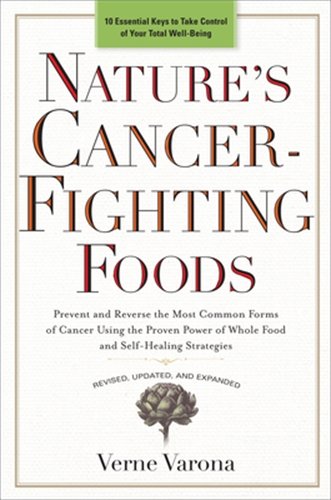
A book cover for Nature's Cancer-Fighting Foods: Prevent and Reverse the Most Common Forms of Cancer Using the Proven Power of Whole Food and Self-Healing Strategies; Verne Varona; Cookbooks, Food & Wine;